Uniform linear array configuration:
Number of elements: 4
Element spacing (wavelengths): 0.25
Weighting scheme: uniform
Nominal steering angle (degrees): -15
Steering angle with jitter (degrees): -16.495
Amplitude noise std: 0.05
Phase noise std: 0.05

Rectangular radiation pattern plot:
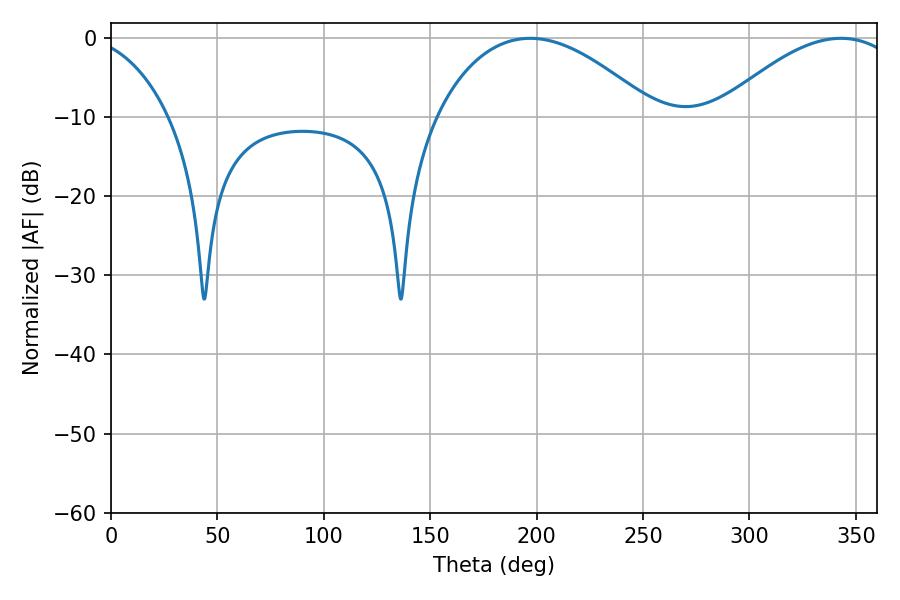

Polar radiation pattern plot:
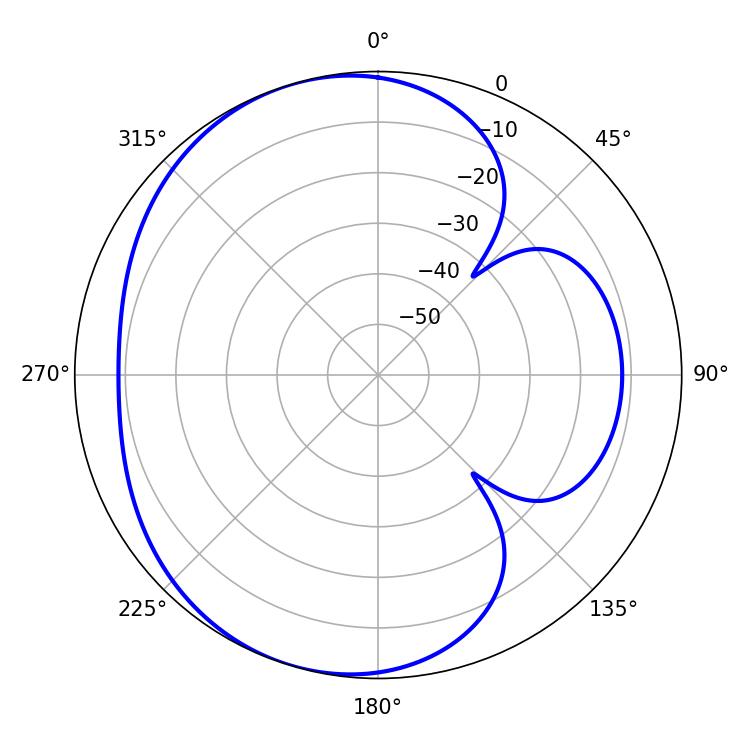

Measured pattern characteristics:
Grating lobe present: FALSE
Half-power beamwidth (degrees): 48.06
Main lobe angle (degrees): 343.08